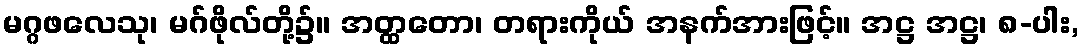
မဂ္ဂဖလေသု၊ မဂ်ဖိုလ်တို့၌။ အတ္ထတော၊ တရားကိုယ် အနက်အားဖြင့်။ အဋ္ဌ အဋ္ဌ၊ ၈-ပါး,